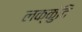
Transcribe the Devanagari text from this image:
लक्कुंदि